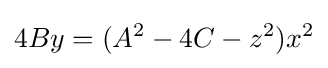
4By=(A^{2}-4C-z^{2})x^{2}